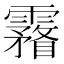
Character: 霿